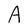
Character: A